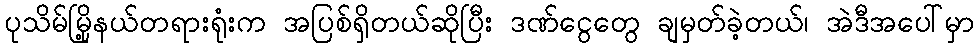
ပုသိမ်မြို့နယ်တရားရုံးက အပြစ်ရှိတယ်ဆိုပြီး ဒဏ်ငွေတွေ ချမှတ်ခဲ့တယ်၊ အဲဒီအပေါ်မှာ